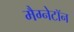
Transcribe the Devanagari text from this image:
मैग्नेटॉन